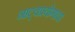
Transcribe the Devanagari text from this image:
नाट्यप्रयोगाचा